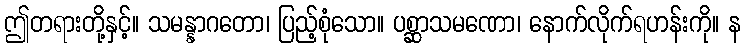
ဤတရားတို့နှင့်။ သမန္နာဂတော၊ ပြည့်စုံသော။ ပစ္ဆာသမဏော၊ နောက်လိုက်ရဟန်းကို။ န